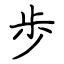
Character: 歩